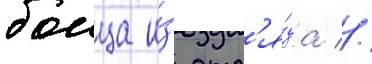
боица и́з отр'я́да //